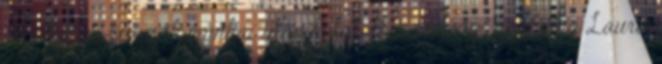
régi latin szerzők munkái után kutatott. Eszményi nőalakja Laura,